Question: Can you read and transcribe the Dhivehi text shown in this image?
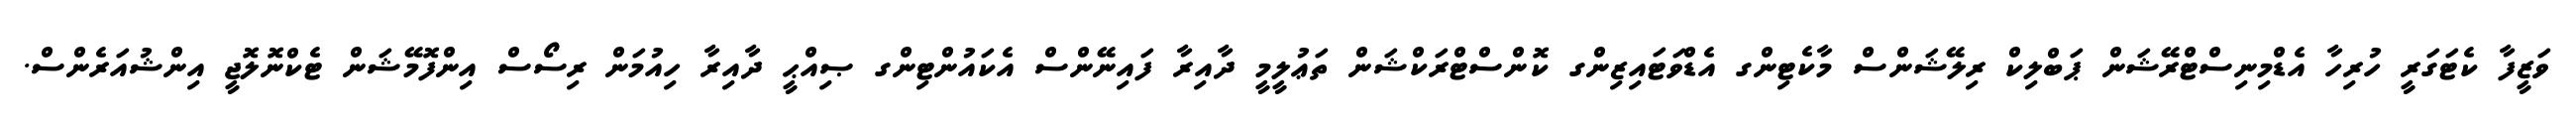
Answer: ވަޒީފާ ކެޓަގަރީ ހުރިހާ އެޑްމިނިސްޓްރޭޝަން ޕަބްލިކް ރިލޭޝަންސް މާކެޓިންގ އެޑްވަޓައިޒިންގ ކޮންސްޓްރަކްޝަން ތަޢުލީމީ ދާއިރާ ފައިނޭންސް އެކައުންޓިންގ ޞިއްޙީ ދާއިރާ ހިއުމަން ރިސޯސް އިންފޮމޭޝަން ޓެކްނޮލޮޖީ އިންޝުއަރެންސް.